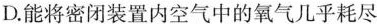
D.能将密闭装置内空气中的氧气几乎耗尽